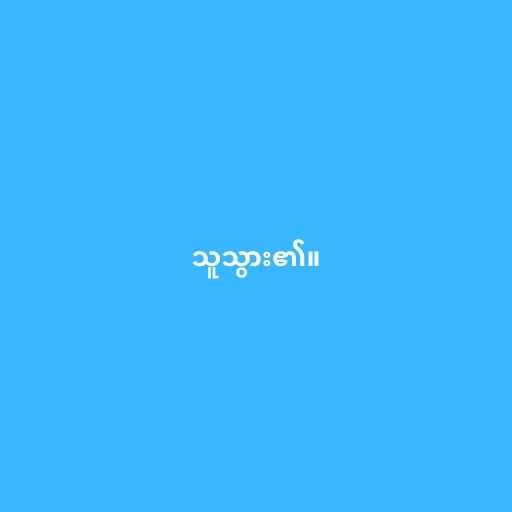
သူသွား၏။